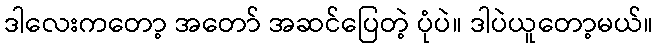
ဒါလေးကတော့ အတော် အဆင်ပြေတဲ့ ပုံပဲ။ ဒါပဲယူတော့မယ်။